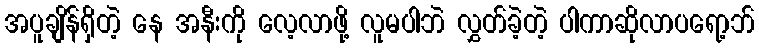
အပူချိန်ရှိတဲ့ နေ အနီးကို လေ့လာဖို့ လူမပါဘဲ လွှတ်ခဲ့တဲ့ ပါကာဆိုလာပရော့ဘ်